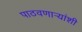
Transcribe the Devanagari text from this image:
पाठवणाऱ्यांशी